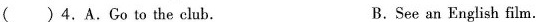
( )4.A.Goto the club. B.See an English film.